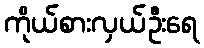
ကိုယ်စားလှယ်ဦးရေ